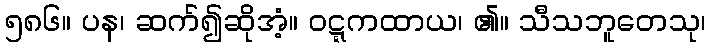
၅၈၆။ ပန၊ ဆက်၍ဆိုအံ့။ ဝဋ္ဋကထာယ၊ ၏။ သီသဘူတေသု၊